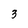
Character: 3